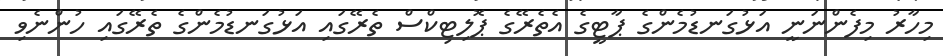
މިހާރު މިފެންނަނީ އަޅުގަނޑުމެންގެ ޕާޓީގެ އެތެރޭގެ ޕޮލިޓިކްސް ތެރޭގައި އަޅުގަނޑުމެންގެ ތެރޭގައި ހުންނެވި